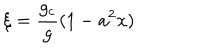
\xi = \frac { g _ { c } } { g } ( 1 - a ^ { 2 } x )